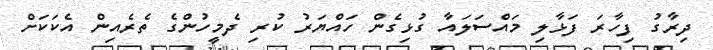
ދިރާގު ފިހާރަ ފަޅާލި މައްސަލައާ ގުޅިގެން ހައްޔަރު ކުރި ދެމީހުންގެ ތެރެއިން އެކަކަށް